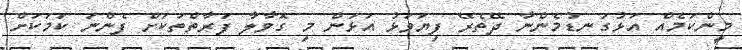
މީންކަމެއް އަޅުގަނޑުމެންނާ ދޭތެރޭ ފިޔަވަޅު އަޅަން މި ގޮވާލާ ފަރާތްތަކަށް ފެންނަ ކަމަކަށް